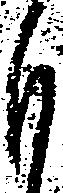
も